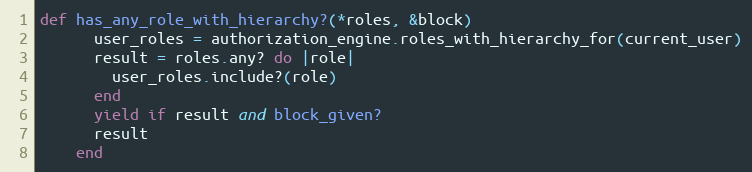
Language: Ruby
def has_any_role_with_hierarchy?(*roles, &block)
      user_roles = authorization_engine.roles_with_hierarchy_for(current_user)
      result = roles.any? do |role|
        user_roles.include?(role)
      end
      yield if result and block_given?
      result
    end